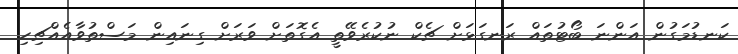
ކަނޑުމަގުން އަންނަ ބޯޓުތައް ރަނގަޅަށް ޗެކް ނުކުރެވޭތީ އެގޮތަށް ވަރަށް ގިނައިން މަސްތުވާއެއްޗިހި